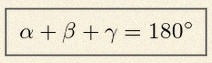
\alpha+\beta+\gamma=180^\circ